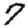
Digit: 7